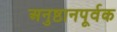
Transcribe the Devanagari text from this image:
अनुष्ठानपूर्वक